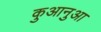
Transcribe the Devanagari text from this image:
कुआनुआ